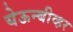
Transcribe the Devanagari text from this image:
येऊन्बीव्हर